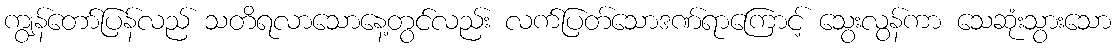
ကျွန်တော်ပြန်လည် သတိရလာသောနေ့တွင်လည်း လက်ပြတ်သောဒဏ်ရာကြောင့် သွေးလွန်ကာ သေဆုံးသွားသော